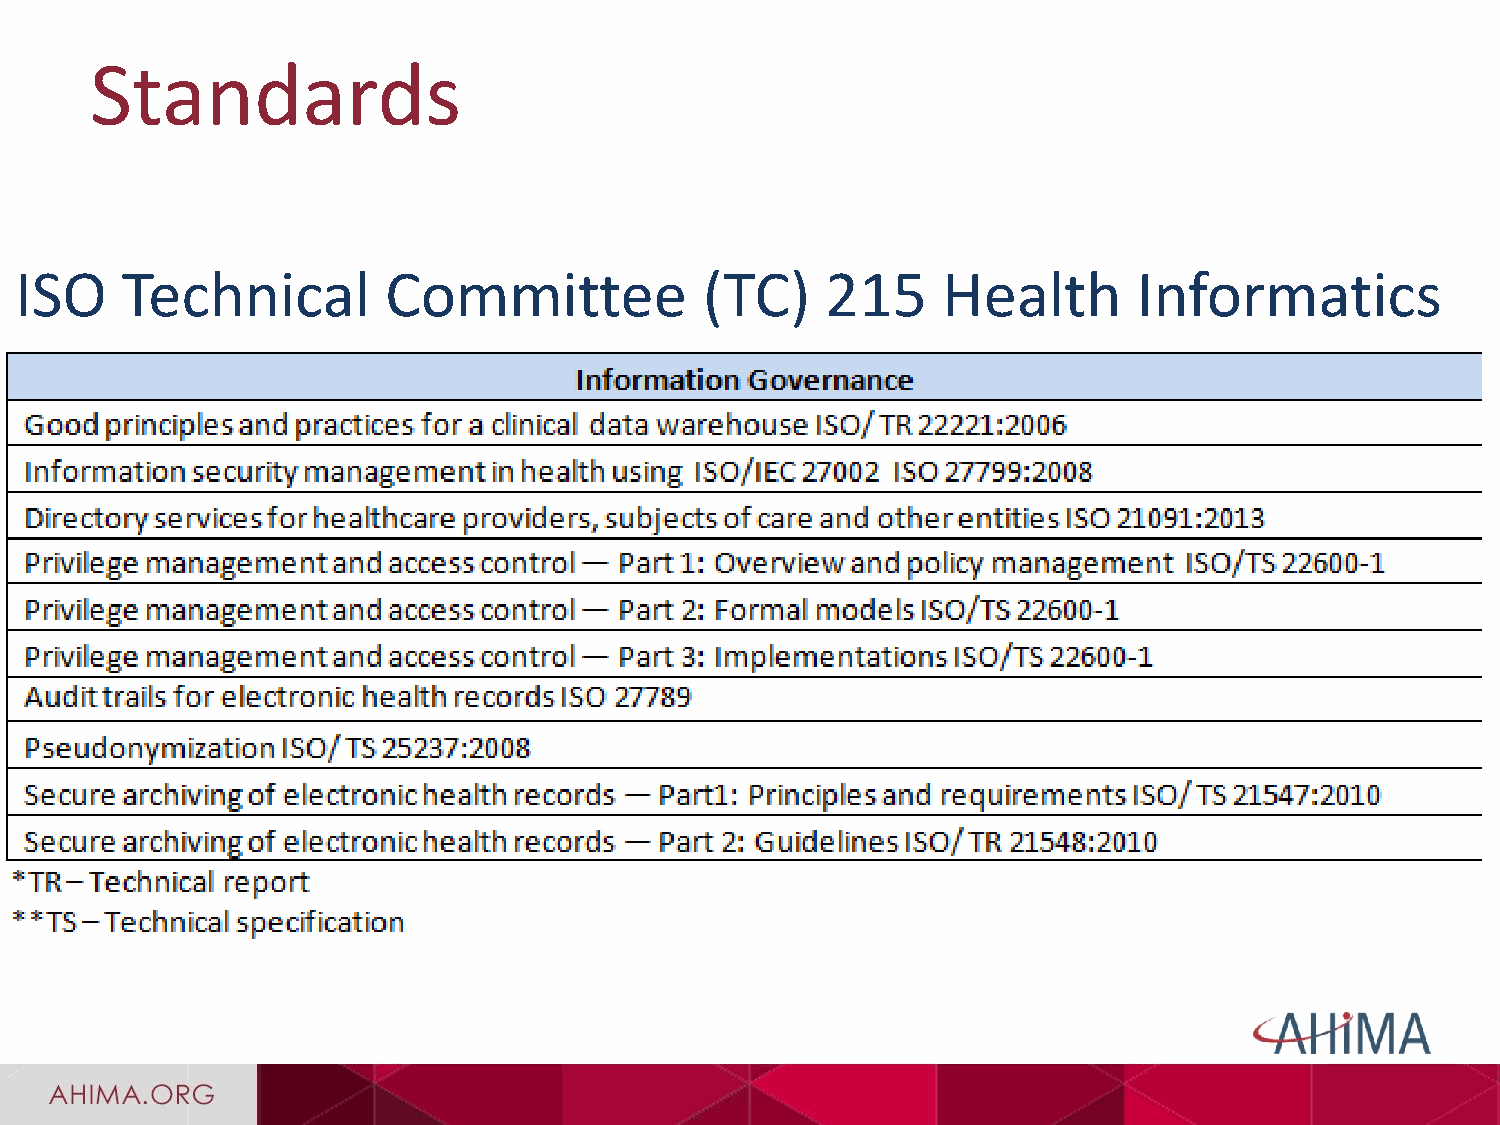
Standards
 ISO    Technical         Committee            (TC)    215    Health       Informatics